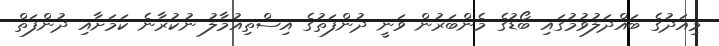
މިއަދުގެ ބައްދަލުވުމުގައި ބޯޑުގެ މެންބަރުން ވަނީ ދުންފަތުގެ އިސްތިއުމާލު ނުކުރާނެ ކަމަށާއި ދުންފަތް